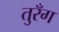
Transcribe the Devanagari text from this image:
तुरँग